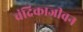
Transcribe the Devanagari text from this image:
चंद्रिकाजीवन